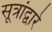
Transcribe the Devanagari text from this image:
सूत्रांद्वारे